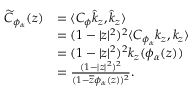
\begin{array} { r l } { \widetilde { C } _ { \phi _ { \alpha } } ( z ) } & { = \langle C _ { \phi } \hat { k } _ { z } , \hat { k } _ { z } \rangle } \\ & { = ( 1 - | z | ^ { 2 } ) ^ { 2 } \langle C _ { \phi _ { \alpha } } { k _ { z } } , { k _ { z } } \rangle } \\ & { = ( 1 - | z | ^ { 2 } ) ^ { 2 } k _ { z } ( \phi _ { \alpha } ( z ) ) } \\ & { = \frac { ( 1 - | z | ^ { 2 } ) ^ { 2 } } { ( 1 - \overline { { z } } \phi _ { \alpha } ( z ) ) ^ { 2 } } . } \end{array}